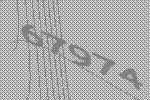
67974